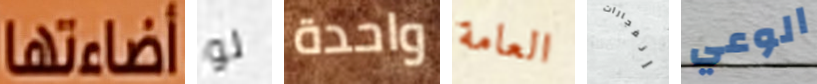
أضاءتها لو واحدة العامة إنفجارات الوعي